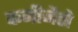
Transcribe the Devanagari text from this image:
कनीजैसे